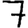
Digit: 7